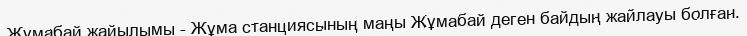
Жұмабай жайылымы - Жұма станциясының маңы Жұмабай деген байдың жайлауы болған.